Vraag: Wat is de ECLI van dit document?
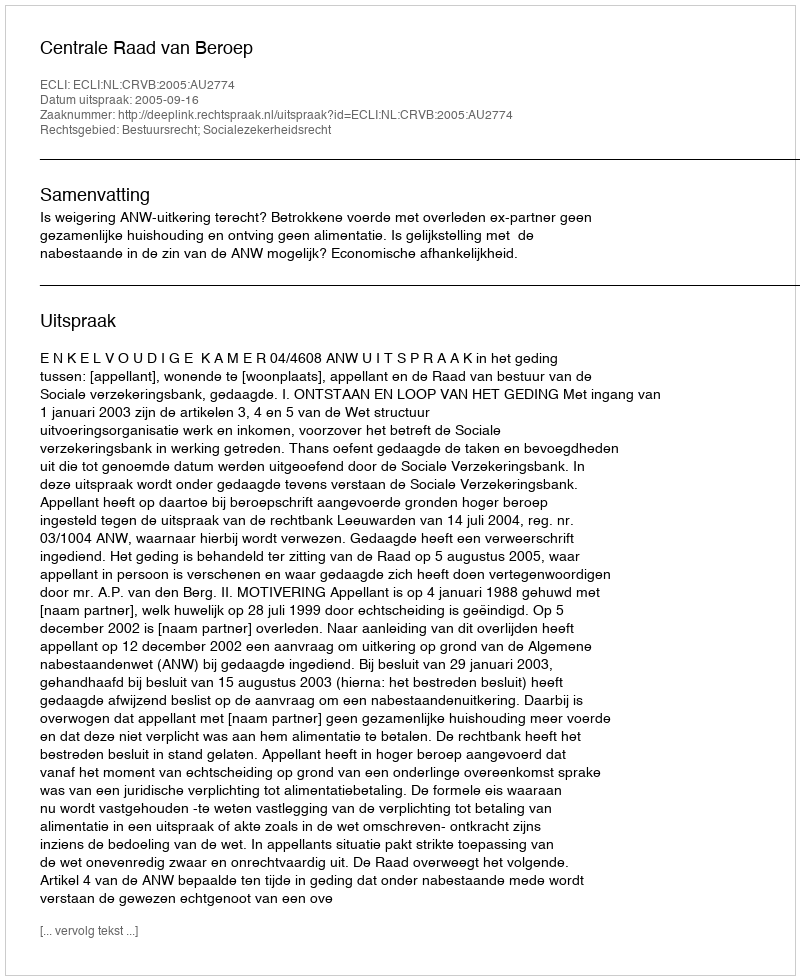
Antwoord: ECLI:NL:CRVB:2005:AU2774